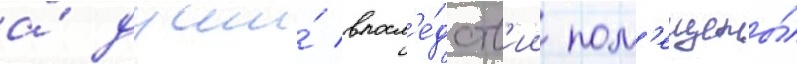
а́ души́ впосл'е́дств'ии пом'ещены́